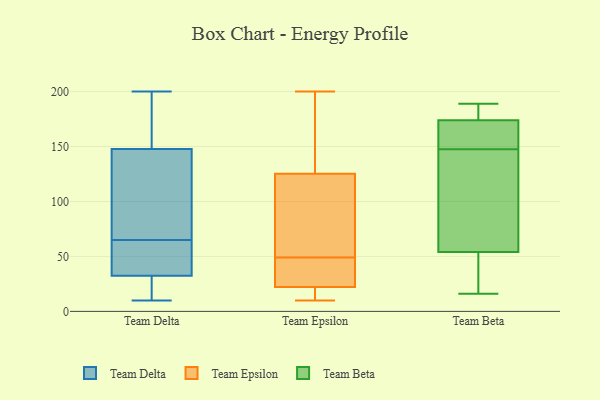
{"axis": {"x": "Production Output", "y": "Value"}, "legend": ["Team Beta", "Team Delta", "Team Epsilon"], "data": [{"x": "", "y": 26, "type": "Team Delta"}, {"x": "", "y": 65, "type": "Team Delta"}, {"x": "", "y": 150, "type": "Team Delta"}, {"x": "", "y": 53, "type": "Team Delta"}, {"x": "", "y": 200, "type": "Team Delta"}, {"x": "", "y": 155, "type": "Team Delta"}, {"x": "", "y": 10, "type": "Team Delta"}, {"x": "", "y": 12, "type": "Team Delta"}, {"x": "", "y": 141, "type": "Team Delta"}, {"x": "", "y": 52, "type": "Team Delta"}, {"x": "", "y": 65, "type": "Team Delta"}, {"x": "", "y": 10, "type": "Team Epsilon"}, {"x": "", "y": 24, "type": "Team Epsilon"}, {"x": "", "y": 23, "type": "Team Epsilon"}, {"x": "", "y": 61, "type": "Team Epsilon"}, {"x": "", "y": 22, "type": "Team Epsilon"}, {"x": "", "y": 68, "type": "Team Epsilon"}, {"x": "", "y": 21, "type": "Team Epsilon"}, {"x": "", "y": 10, "type": "Team Epsilon"}, {"x": "", "y": 127, "type": "Team Epsilon"}, {"x": "", "y": 120, "type": "Team Epsilon"}, {"x": "", "y": 173, "type": "Team Epsilon"}, {"x": "", "y": 39, "type": "Team Epsilon"}, {"x": "", "y": 200, "type": "Team Epsilon"}, {"x": "", "y": 168, "type": "Team Epsilon"}, {"x": "", "y": 49, "type": "Team Epsilon"}, {"x": "", "y": 174, "type": "Team Beta"}, {"x": "", "y": 30, "type": "Team Beta"}, {"x": "", "y": 145, "type": "Team Beta"}, {"x": "", "y": 16, "type": "Team Beta"}, {"x": "", "y": 54, "type": "Team Beta"}, {"x": "", "y": 163, "type": "Team Beta"}, {"x": "", "y": 184, "type": "Team Beta"}, {"x": "", "y": 31, "type": "Team Beta"}, {"x": "", "y": 176, "type": "Team Beta"}, {"x": "", "y": 189, "type": "Team Beta"}, {"x": "", "y": 170, "type": "Team Beta"}, {"x": "", "y": 112, "type": "Team Beta"}, {"x": "", "y": 138, "type": "Team Beta"}, {"x": "", "y": 150, "type": "Team Beta"}]}